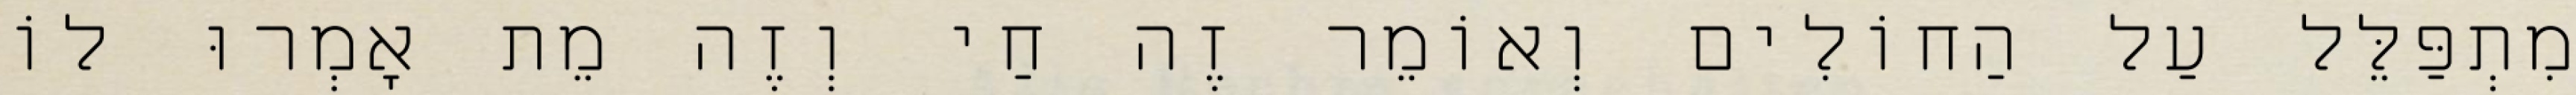
מִתְפַּלֵּל עַל הַחוֹלִים וְאוֹמֵר זֶה חַי וְזֶה מֵת אָמְרוּ לוֹ